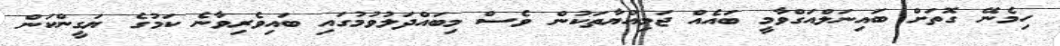
ހިމެނޭ ގޮތަށް ބައިނަލްއަގްވާމީ ބައެއް ޖަމިއްޔާތަކުން ވެސް މިބައްދަލުވުމުގައި ބައިވެރިވާނެ ކަމުގެ ޔަގީންކަން